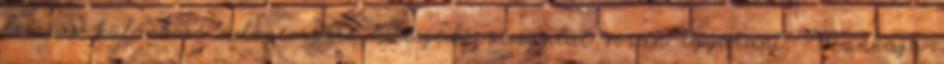
és más különböző adónemekre kiterjedő vizsgálat során egyaránt. Munkája